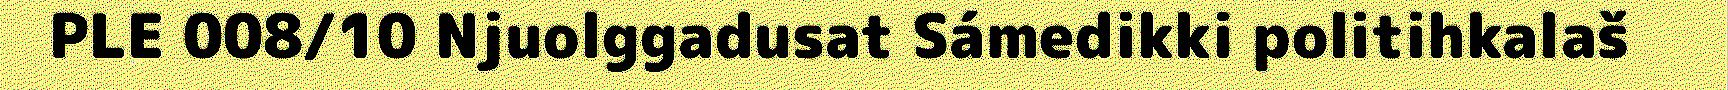
PLE 008/10 Njuolggadusat Sámedikki politihkalaš